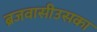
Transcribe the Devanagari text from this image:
ब्रजवासीउसका